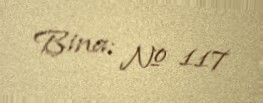
Bina: № 117